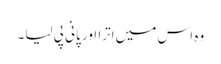
وہ اس میں اترا اور پانی پی لیا۔